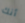
أنك